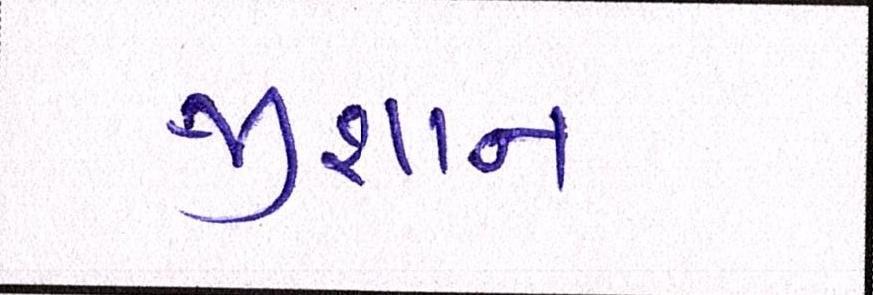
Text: જીશાન